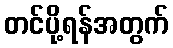
တင်ပို့ရန်အတွက်